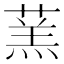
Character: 蓔